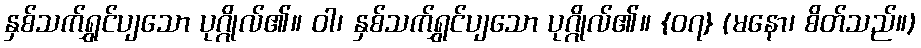
နှစ်သက်ရွှင်ပျသော ပုဂ္ဂိုလ်၏။ ဝါ၊ နှစ်သက်ရွှင်ပျသော ပုဂ္ဂိုလ်၏။ {၀၇} (မနော၊ စိတ်သည်။)